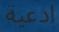
ادعية